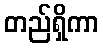
တည်ရှိကာ